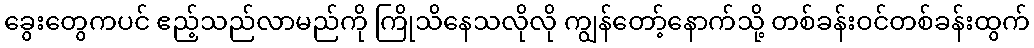
ခွေးတွေကပင် ဧည့်သည်လာမည်ကို ကြိုသိနေသလိုလို ကျွန်တော့်နောက်သို့ တစ်ခန်းဝင်တစ်ခန်းထွက်